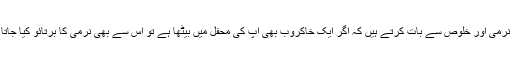
حضور والا اگر آپ کی نیت صاف ہے اور آپ مجلس میں لوگوں کے ساتھ نرمی اور خلوص سے بات کرتے ہیں کہ اگر ایک خاکروب بھی آپ کی محفل میں بیٹھا ہے تو اس سے بھی نرمی کا برتائو کیا جاتا ہے تو یاد رکھیں کہ اللہ تعالی آپ کی زبان میں ایک تاثیر پیدا کر دیتا ہے۔